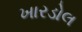
ખારડોલ